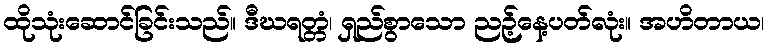
ထိုသုံးဆောင်ခြင်းသည်။ ဒီဃရတ္တံ၊ ရှည်စွာသော ညဉ့်နေ့ပတ်လုံး။ အဟိတာယ၊